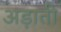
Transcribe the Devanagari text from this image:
अड़ाती